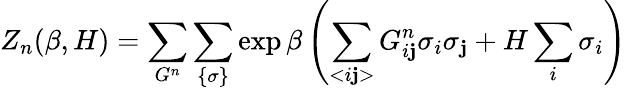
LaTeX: Z_{n}(\beta,H)=\sum_{G^{n}}\sum_{\{ \sigma\} }\exp\beta\left(\sum_{<i\mathbf{j}>}G_{i\mathbf{j}}^{n}\sigma_{i}\sigma_{\mathbf{j}}+H\sum_{i}\sigma_{i}\right)